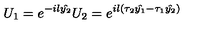
U _ { 1 } = e ^ { - i l \hat { y _ { 2 } } } U _ { 2 } = e ^ { i l ( \tau _ { 2 } \hat { y _ { 1 } } - \tau _ { 1 } \hat { y _ { 2 } } ) }